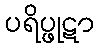
ပရိပ္ဖုဋာ